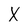
Character: X